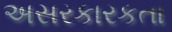
અસરકારકતા